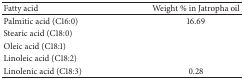
<table><thead><tr><td><b>Fatty acid</b></td><td><b>Weight % in Jatropha oil</b></td></tr></thead><tbody><tr><td>Palmitic acid (C16:0)</td><td>16.69</td></tr><tr><td>Stearic acid (C18:0)</td><td>[EMPTY_CELL]</td></tr><tr><td>Oleic acid (C18:1)</td><td>[EMPTY_CELL]</td></tr><tr><td>Linoleic acid (C18:2)</td><td>[EMPTY_CELL]</td></tr><tr><td>Linolenic acid (C18:3)</td><td>0.28</td></tr></tbody></table>